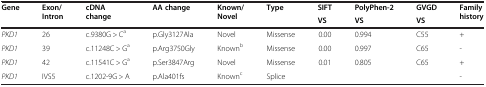
<table><thead><tr><td rowspan="2"><b>Gene</b></td><td rowspan="2"><b>Exon/Intron</b></td><td rowspan="2"><b>cDNA change</b></td><td rowspan="2"><b>AA change</b></td><td rowspan="2"><b>Known/Novel</b></td><td rowspan="2"><b>Type</b></td><td><b>SIFT</b></td><td><b>PolyPhen-2</b></td><td><b>GVGD</b></td><td rowspan="2"><b>Family history</b></td></tr><tr><td><b>VS</b></td><td><b>VS</b></td><td><b>VS</b></td></tr></thead><tbody><tr><td><i>PKD1</i></td><td>26</td><td>c.9380G &gt; C<sup>a</sup></td><td>p.Gly3127Ala</td><td>Novel</td><td>Missense</td><td>0.00</td><td>0.994</td><td>C55</td><td>+</td></tr><tr><td><i>PKD1</i></td><td>39</td><td>c.11248C &gt; G<sup>a</sup></td><td>p.Arg3750Gly</td><td>Known<sup>b</sup></td><td>Missense</td><td>0.00</td><td>0.997</td><td>C65</td><td>-</td></tr><tr><td><i>PKD1</i></td><td>42</td><td>c.11541C &gt; G<sup>a</sup></td><td>p.Ser3847Arg</td><td>Novel</td><td>Missense</td><td>0.01</td><td>0.805</td><td>C65</td><td>+</td></tr><tr><td><i>PKD1</i></td><td>IVS5</td><td>c.1202-9G &gt; A</td><td>p.Ala401fs</td><td>Known<sup>c</sup></td><td>Splice</td><td></td><td></td><td></td><td>-</td></tr></tbody></table>